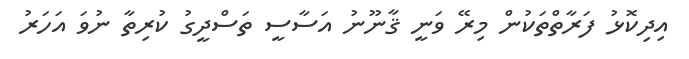
އިދިކޮޅު ފަރާތްތަކުން މިރޭ ވަނީ ޤާނޫނު އަސާސީ ތަސްދީގު ކުރިތާ ނުވަ އަހަރު